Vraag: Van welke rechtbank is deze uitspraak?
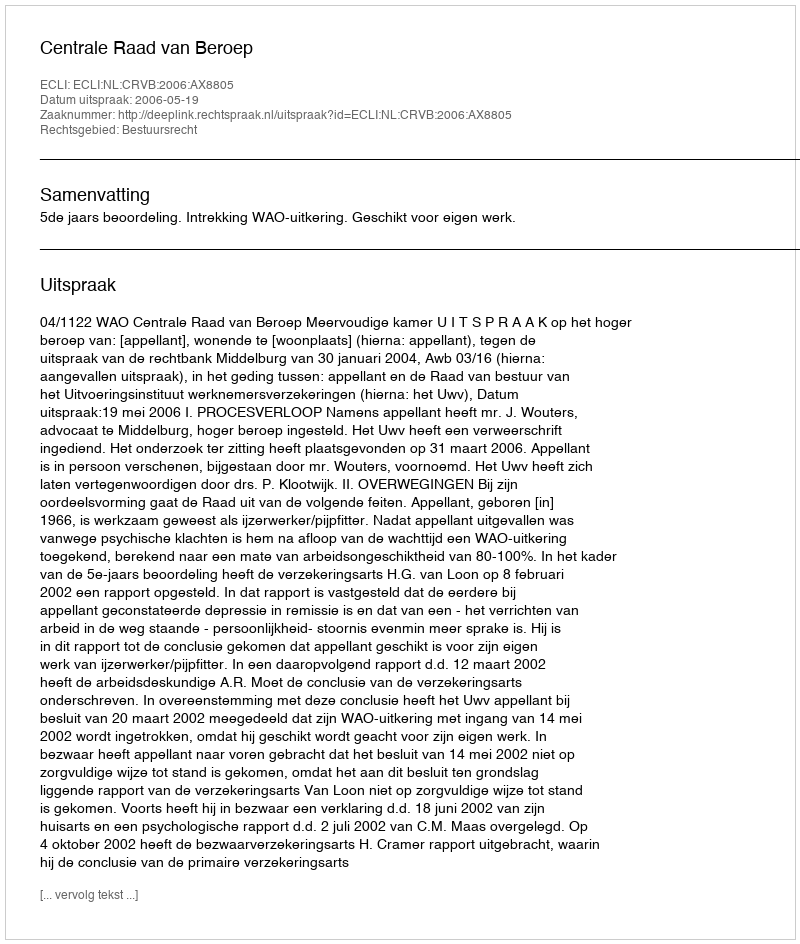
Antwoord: Centrale Raad van Beroep